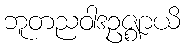
ဘူတညဝါဒဥဇ္ဈာယိ